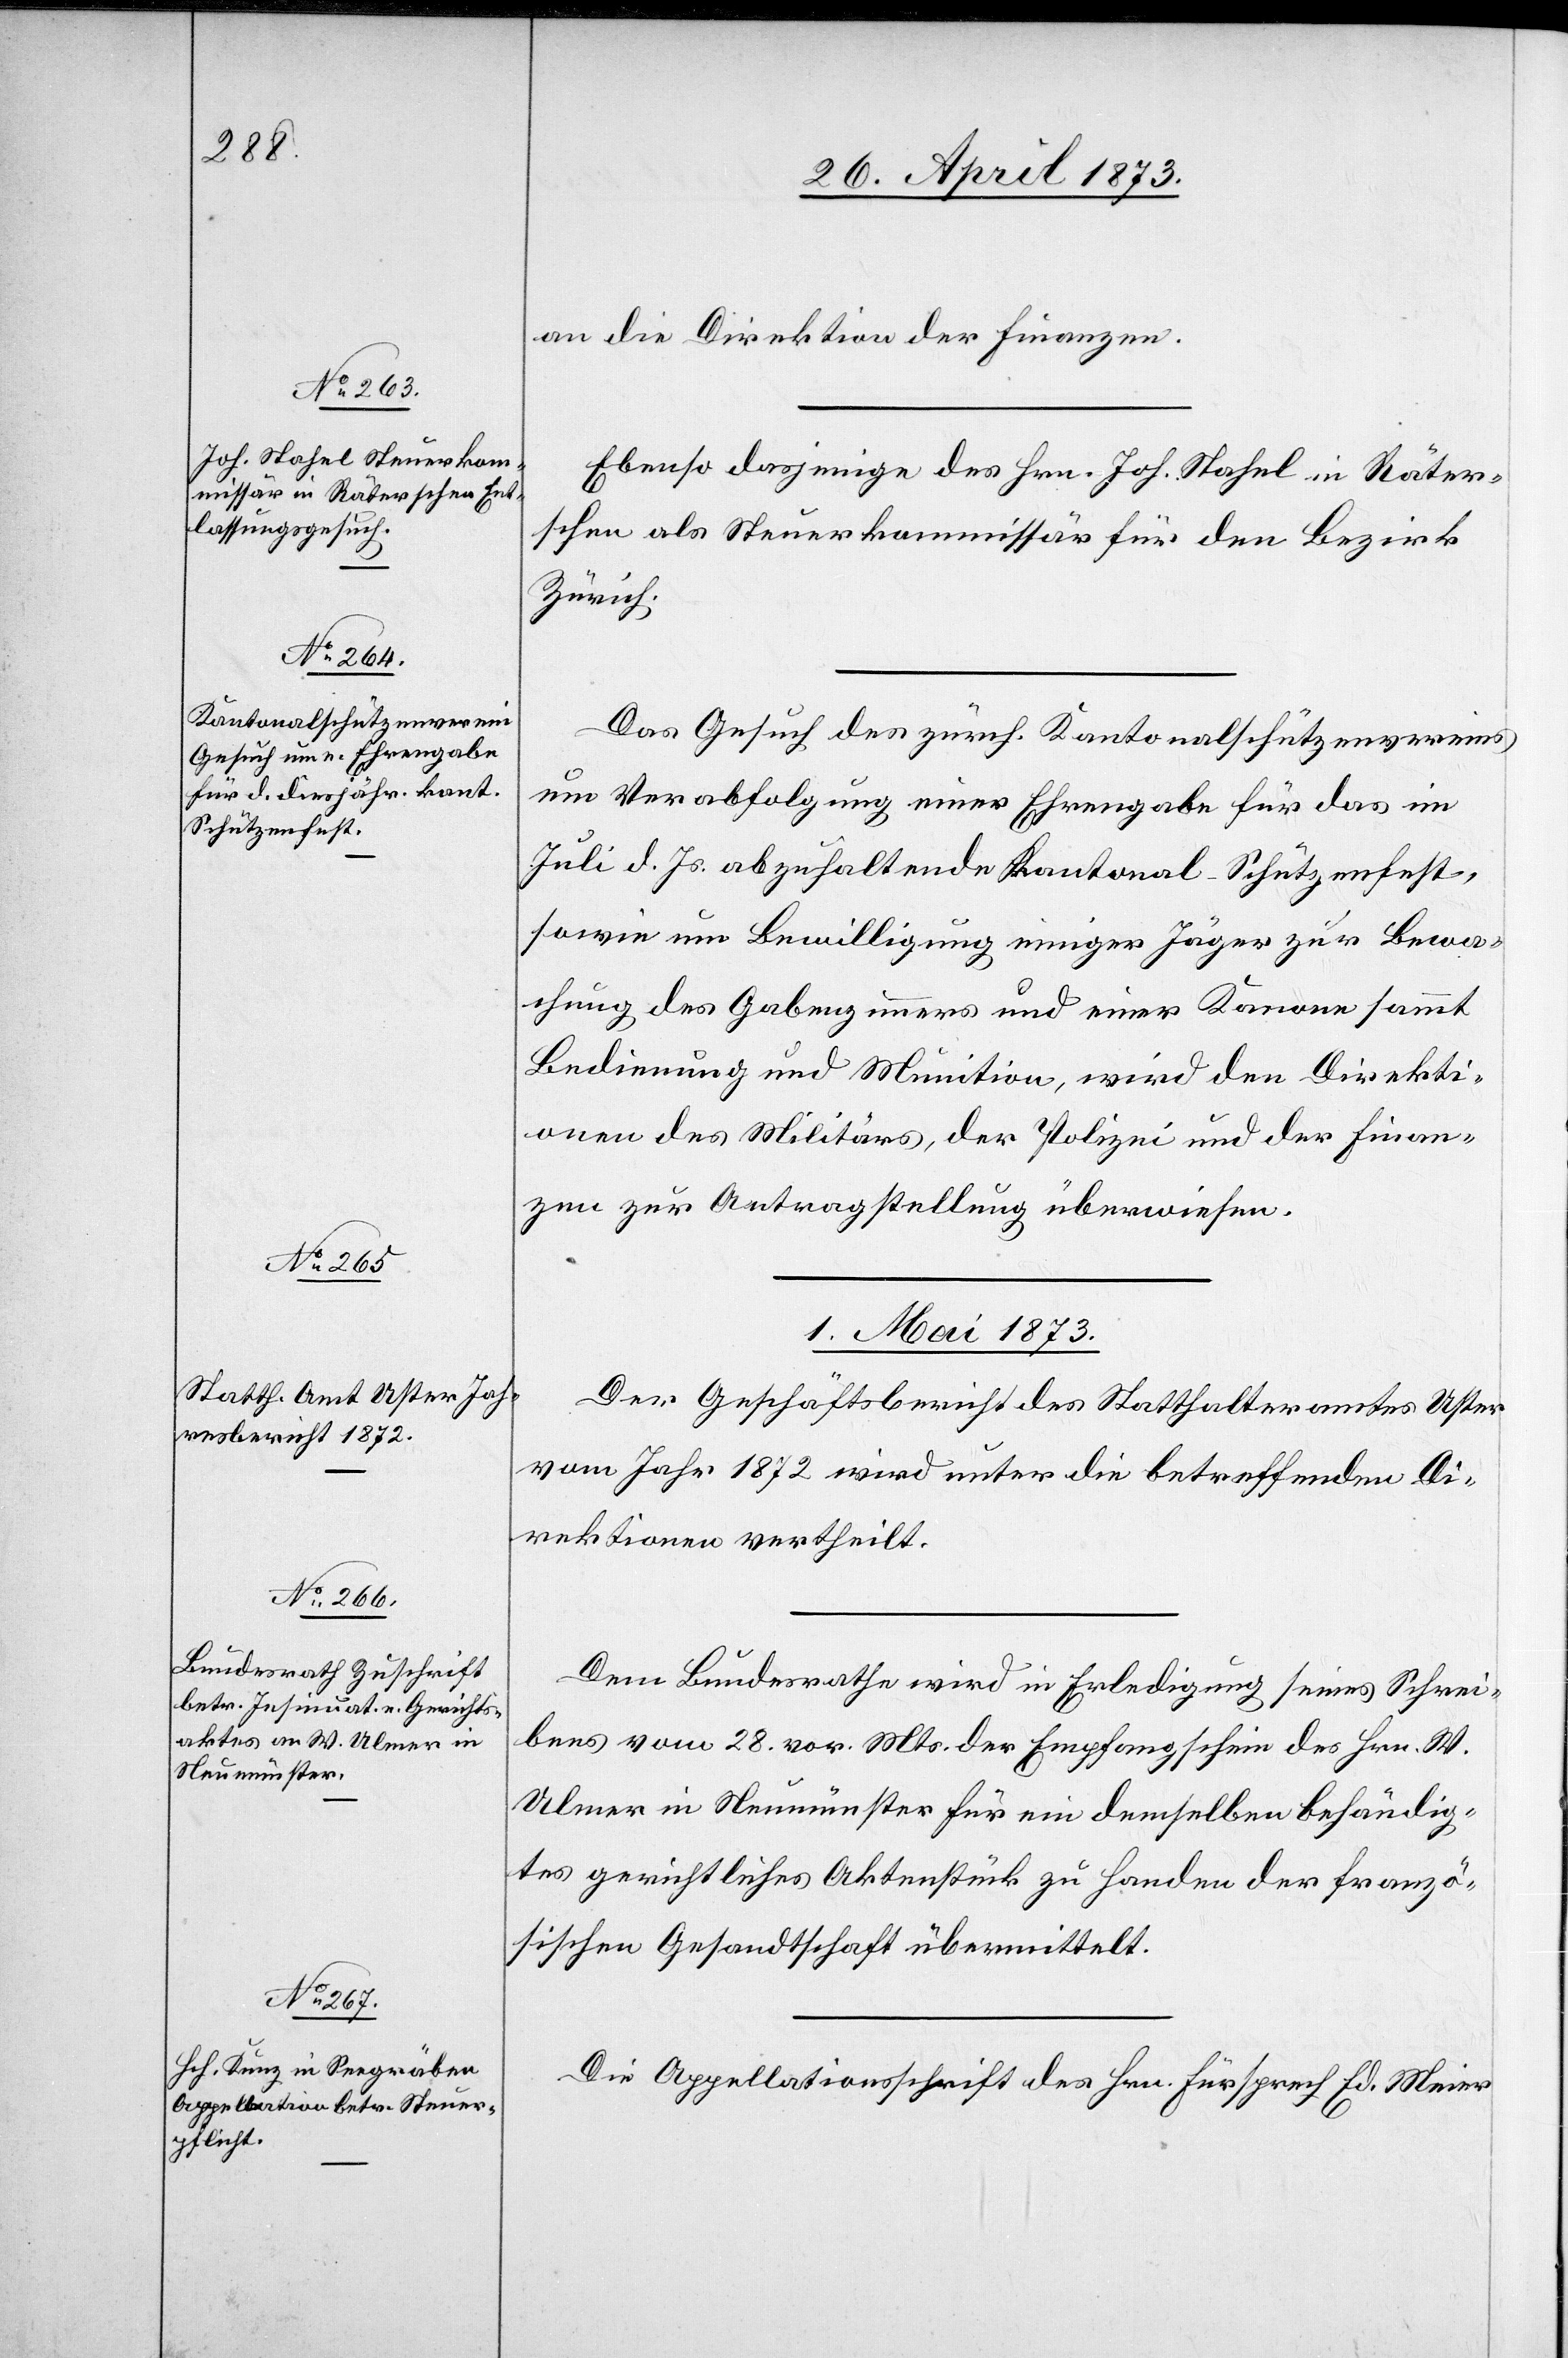
30. April 1873]
an die Direktion der Finanzen.
Ebenso dasjenige des Hrn. Joh. Stahel in Räter¬
schen als Steuerkommissär für den Bezirk
Zürich.
Das Gesuch des zürch. Kantonalschützenvereins
um Verabfolgung einer Ehrengabe für das im
Juli d. Js. abzuhaltende Kantonal-Schützenfest,
sowie um Bewilligung einiger Jäger zur Bewa¬
chung des Gabenzimmers und einer Kanone sammt
Bedienung und Munition, wird den Direkti¬
onen des Militärs, der Polizei und der Finan¬
zen zur Antragstellung überwiesen.
1. Mai 1873]
Der Geschäftsbericht des Statthalteramtes Uster
vom Jahr 1872 wird unter die betreffenden Di¬
rektionen vertheilt.
Dem Bundesrathe wird in Erledigung seines Schrei¬
bens vom 28. vor. Mts. der Empfangschein des Hrn. W.
Ulmer in Neumünster für ein demselben behändig¬
tes gerichtliches Aktenstück zu Handen der franzö¬
sischen Gesandtschaft übermittelt.
Die Appellationsschrift des Hrn. Fürsprech Ed. Meier